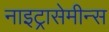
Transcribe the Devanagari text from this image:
नाइट्रासेमीन्स